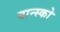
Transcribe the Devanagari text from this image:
बान्स्को